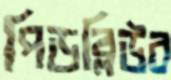
পিডব্লিউব